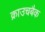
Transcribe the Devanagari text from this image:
क्राउचबैक